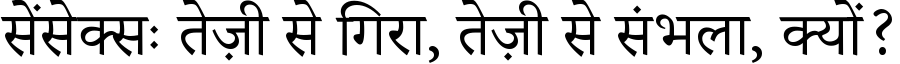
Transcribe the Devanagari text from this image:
सेंसेक्सः तेज़ी से गिरा, तेज़ी से संभला, क्यों?